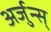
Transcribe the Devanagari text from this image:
अर्जुन्स्